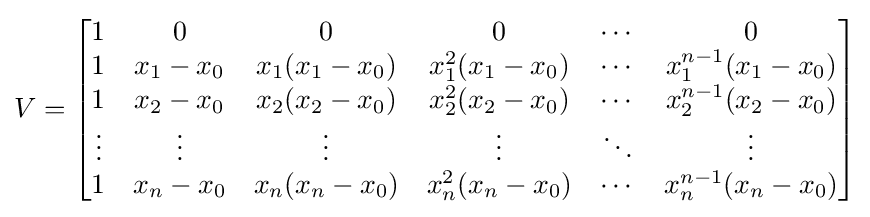
V={\begin{bmatrix}1&0&0&0&\cdots &0\\1&x_{1}-x_{0}&x_{1}(x_{1}-x_{0})&x_{1}^{2}(x_{1}-x_{0})&\cdots &x_{1}^{n-1}(x_{1}-x_{0})\\1&x_{2}-x_{0}&x_{2}(x_{2}-x_{0})&x_{2}^{2}(x_{2}-x_{0})&\cdots &x_{2}^{n-1}(x_{2}-x_{0})\\\vdots &\vdots &\vdots &\vdots &\ddots &\vdots \\1&x_{n}-x_{0}&x_{n}(x_{n}-x_{0})&x_{n}^{2}(x_{n}-x_{0})&\cdots &x_{n}^{n-1}(x_{n}-x_{0})\\\end{bmatrix}}